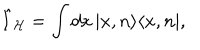
LaTeX: \hat { I } _ { \mathcal { H } } = \int d x \, | x , n \rangle \langle x , n | ,